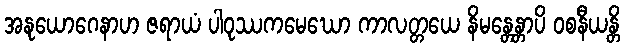
အနုယောဂေနာဟ ဇရာယံ ပါဝုဿကမေဃော ကာလတ္တယေ နိမန္တေန္တာပိ ဝစနီယန္တိ